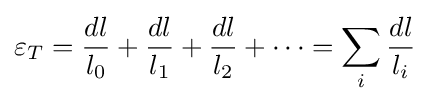
\varepsilon _{T}={\frac {dl}{l_{0}}}+{\frac {dl}{l_{1}}}+{\frac {dl}{l_{2}}}+\cdots =\sum _{i}{\frac {dl}{l_{i}}}